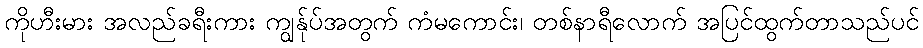
ကိုဟီးမား အလည်ခရီးကား ကျွန်ုပ်အတွက် ကံမကောင်း၊ တစ်နာရီလောက် အပြင်ထွက်တာသည်ပင်